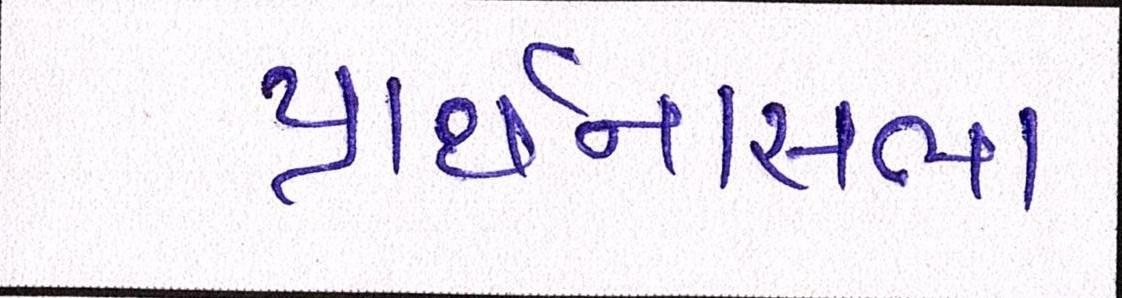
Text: પ્રાર્થનાસભા